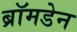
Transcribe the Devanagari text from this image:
ब्रॉमडेन